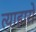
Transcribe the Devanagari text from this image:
त्याहारों